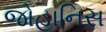
જોહાનિસ